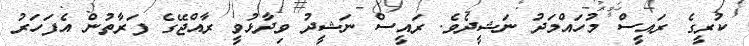
ކުރީގެ ރައީސް މުހައްމަދު ނަޝީދެވެ. ރައީސް ނަޝީދު ވިދާޅުވީ ރާއްޖޭގެ ފަރާތުން އެފަހަރު